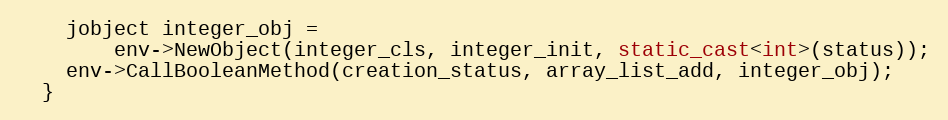
Language: C++
    jobject integer_obj =
        env->NewObject(integer_cls, integer_init, static_cast<int>(status));
    env->CallBooleanMethod(creation_status, array_list_add, integer_obj);
  }